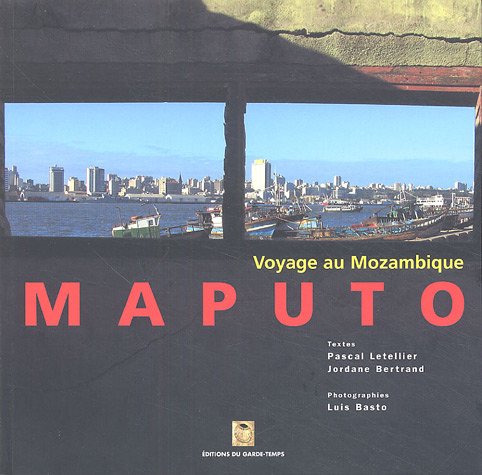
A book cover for Maputo : Voyage au Mozambique; Travel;